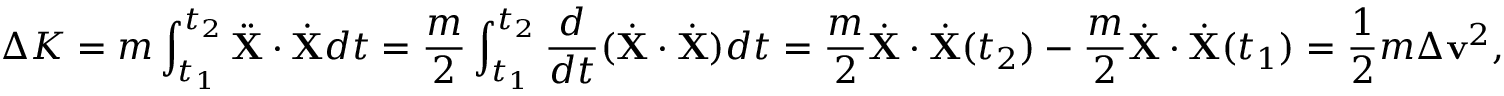
\Delta K = m \int _ { t _ { 1 } } ^ { t _ { 2 } } { \ddot { \mathbf { X } } } \cdot { \dot { \mathbf { X } } } d t = { \frac { m } { 2 } } \int _ { t _ { 1 } } ^ { t _ { 2 } } { \frac { d } { d t } } ( { \dot { \mathbf { X } } } \cdot { \dot { \mathbf { X } } } ) d t = { \frac { m } { 2 } } { \dot { \mathbf { X } } } \cdot { \dot { \mathbf { X } } } ( t _ { 2 } ) - { \frac { m } { 2 } } { \dot { \mathbf { X } } } \cdot { \dot { \mathbf { X } } } ( t _ { 1 } ) = { \frac { 1 } { 2 } } m \Delta \mathbf { v } ^ { 2 } ,